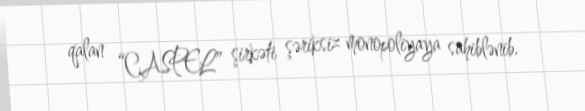
qalan “CASPEL” şirkəti şəriksiz monopoliyaya sahiblənib.